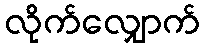
လိုက်လျှောက်